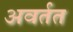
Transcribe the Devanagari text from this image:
अवर्तत